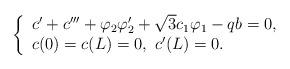
LaTeX: \begin{align*}\left\{\begin{array}[c]{l}c'+c'''+\varphi_2\varphi_{2}'+\sqrt{3}c_1\varphi_1-qb=0,\\c(0)=c(L)=0,~c'(L)=0.\end{array}\right. \end{align*}